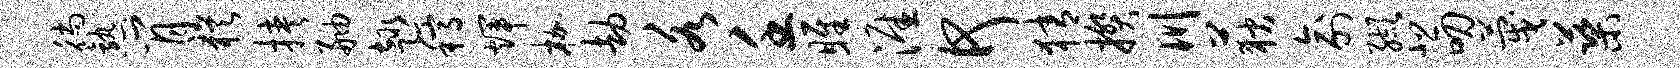
徜熟肖犹挟舳趣稿辉枷劫各壬雎涯何猜揆川荻俞缬悲叨蔑蕖